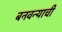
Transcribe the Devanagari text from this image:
बनवन्याची